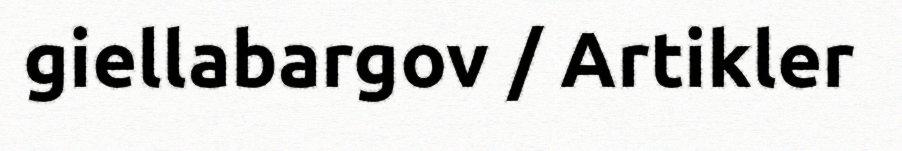
giellabargov / Artikler